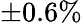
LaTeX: \pm 0.6\%